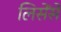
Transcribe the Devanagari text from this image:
लिसेंसे